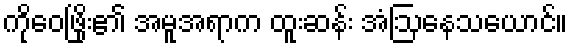
ကိုဝေဖြိုး၏ အမူအရာက ထူးဆန်း အံဩနေသယောင်။